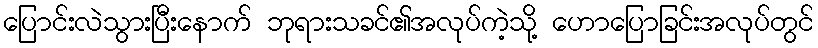
ပြောင်းလဲသွားပြီးနောက် ဘုရားသခင်၏အလုပ်ကဲ့သို့ ဟောပြောခြင်းအလုပ်တွင်